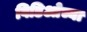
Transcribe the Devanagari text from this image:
विडिओच्या